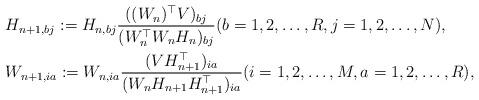
LaTeX: \begin{align*}&H_{n+1,bj} := H_{n,bj} \frac{((W_n)^\top V)_{bj}}{(W_n^\top W_n H_n)_{bj}} (b = 1,2,\ldots,R, j= 1,2,\ldots,N),\\&W_{n+1,ia} := W_{n,ia} \frac{(VH_{n+1}^\top)_{ia}}{(W_n H_{n+1} H_{n+1}^\top)_{ia}} (i = 1,2,\ldots,M, a= 1,2,\ldots,R),\end{align*}